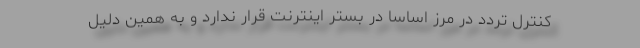
کنترل تردد در مرز اساسا در بستر اینترنت قرار ندارد و به همین دلیل